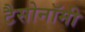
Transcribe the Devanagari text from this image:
टैसोनॉमी